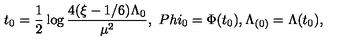
t _ { 0 } = \frac { 1 } { 2 } \log \frac { 4 ( \xi - 1 / 6 ) \Lambda _ { 0 } } { \mu ^ { 2 } } , \ P h i _ { 0 } = \Phi ( t _ { 0 } ) , \Lambda _ { ( 0 ) } = \Lambda ( t _ { 0 } ) ,